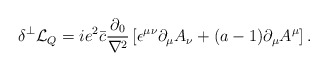
\begin{align*}\delta^\perp {\cal L}_Q = i e^2 \bar{c} \frac{\partial_0}{\nabla^2} \left[ \epsilon^{\mu \nu} \partial_\mu A_\nu +(a-1) \partial_\mu A^\mu \right].\end{align*}